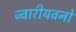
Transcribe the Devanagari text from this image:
ज्वारीयवनों